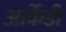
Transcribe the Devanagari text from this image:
आर्केडी